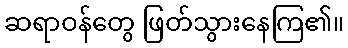
ဆရာဝန်တွေ ဖြတ်သွားနေကြ၏။